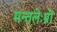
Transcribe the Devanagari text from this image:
मन्तलेःम्रों